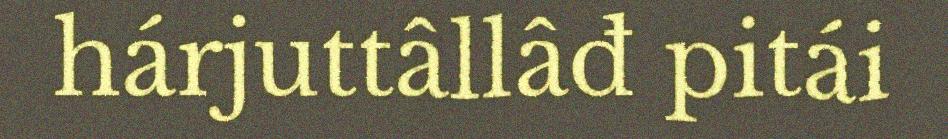
hárjuttâllâđ pitái